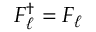
F _ { \ell } ^ { \dagger } = F _ { \ell }